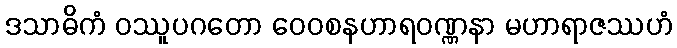
ဒသာဓိကံ ဝဿူပဂတော ဝေဝစနဟာရဝဏ္ဏနာ မဟာရာဇဿဟံ